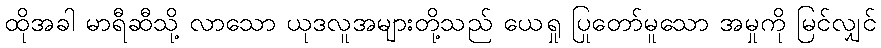
ထိုအခါ မာရီဆီသို့ လာသော ယုဒလူအများတို့သည် ယေရှု ပြုတော်မူသော အမှုကို မြင်လျှင်